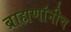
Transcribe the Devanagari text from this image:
ब्राह्मणांनीच